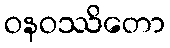
ဝနဝဿိတော